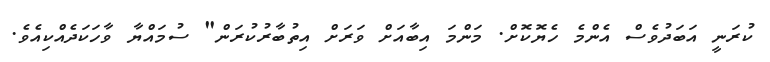
ކުރަނީ އަބަދުވެސް އެންމެ ހެޔޮކޮށް. މަންމަ އިބާއަށް ވަރަށް އިތުބާރުކުރަން" ސުމައްޔާ ވާހަކަދެއްކިއެވެ.